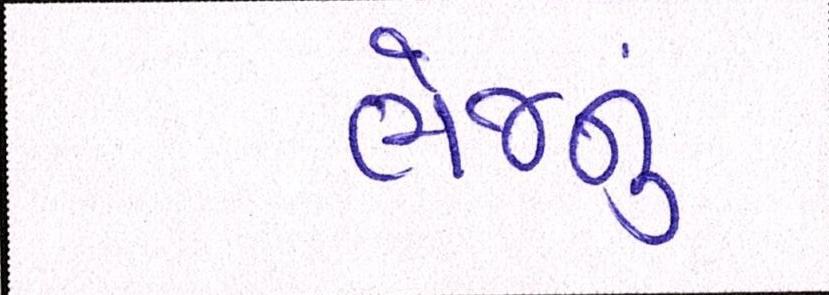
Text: ભેજનું